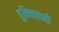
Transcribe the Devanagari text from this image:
हुन्त्विल्ली